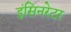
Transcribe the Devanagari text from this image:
इंसिनरेटर